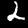
Digit: 2